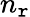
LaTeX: n_{\mathtt{r}}